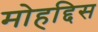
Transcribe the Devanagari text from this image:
मोहद्दिस